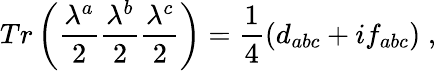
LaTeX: Tr\left({\frac{\lambda^{a}}{2}}{\frac{\lambda^{b}}{2}}{\frac{\lambda^{c}}{2}}\right)={\frac{1}{4}}(d_{abc}+if_{abc})\; ,